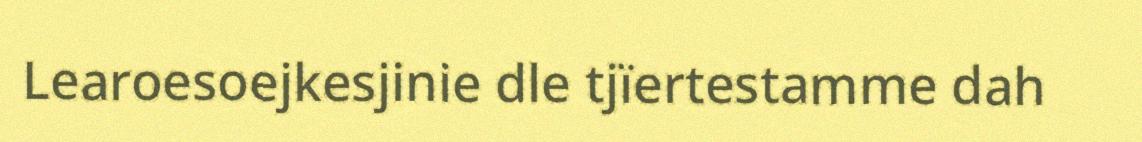
Learoesoejkesjinie dle tjïertestamme dah